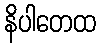
နိပါတေထ